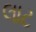
લાટ